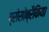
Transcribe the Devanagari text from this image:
प्रोसोब्रैकिया